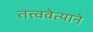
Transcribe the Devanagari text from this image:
तत्त्ववेत्याने